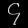
Digit: ၄